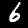
Label: 6